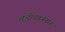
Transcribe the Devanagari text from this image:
शुद्धोदकस्नान